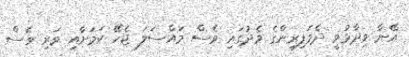
އޭނާ ވިދާޅުވީ ދެމަފިރިންގެ މެދުގައި ވެސް މައްސަލަ ޖެހޭ ކަމަށާއި ވަރި ވެސް